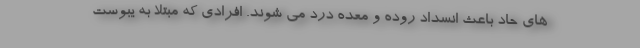
های حاد باعث انسداد روده و معده درد می شوند. افرادی که مبتلا به یبوست